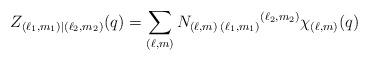
LaTeX: \begin{align*}Z_{(\ell_1,m_1)|(\ell_2,m_2)}(q)=\sum_{(\ell,m)} N_{(\ell,m)\;(\ell_1,m_1)}{}^{(\ell_2,m_2)} \chi_{(\ell,m)}(q)\end{align*}